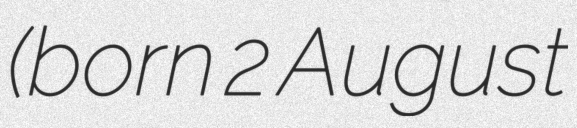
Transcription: (born 2 August